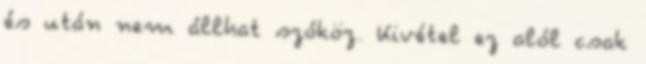
és után nem állhat szóköz. Kivétel ez alól csak